Trukikaitis_Postimees, lk 84
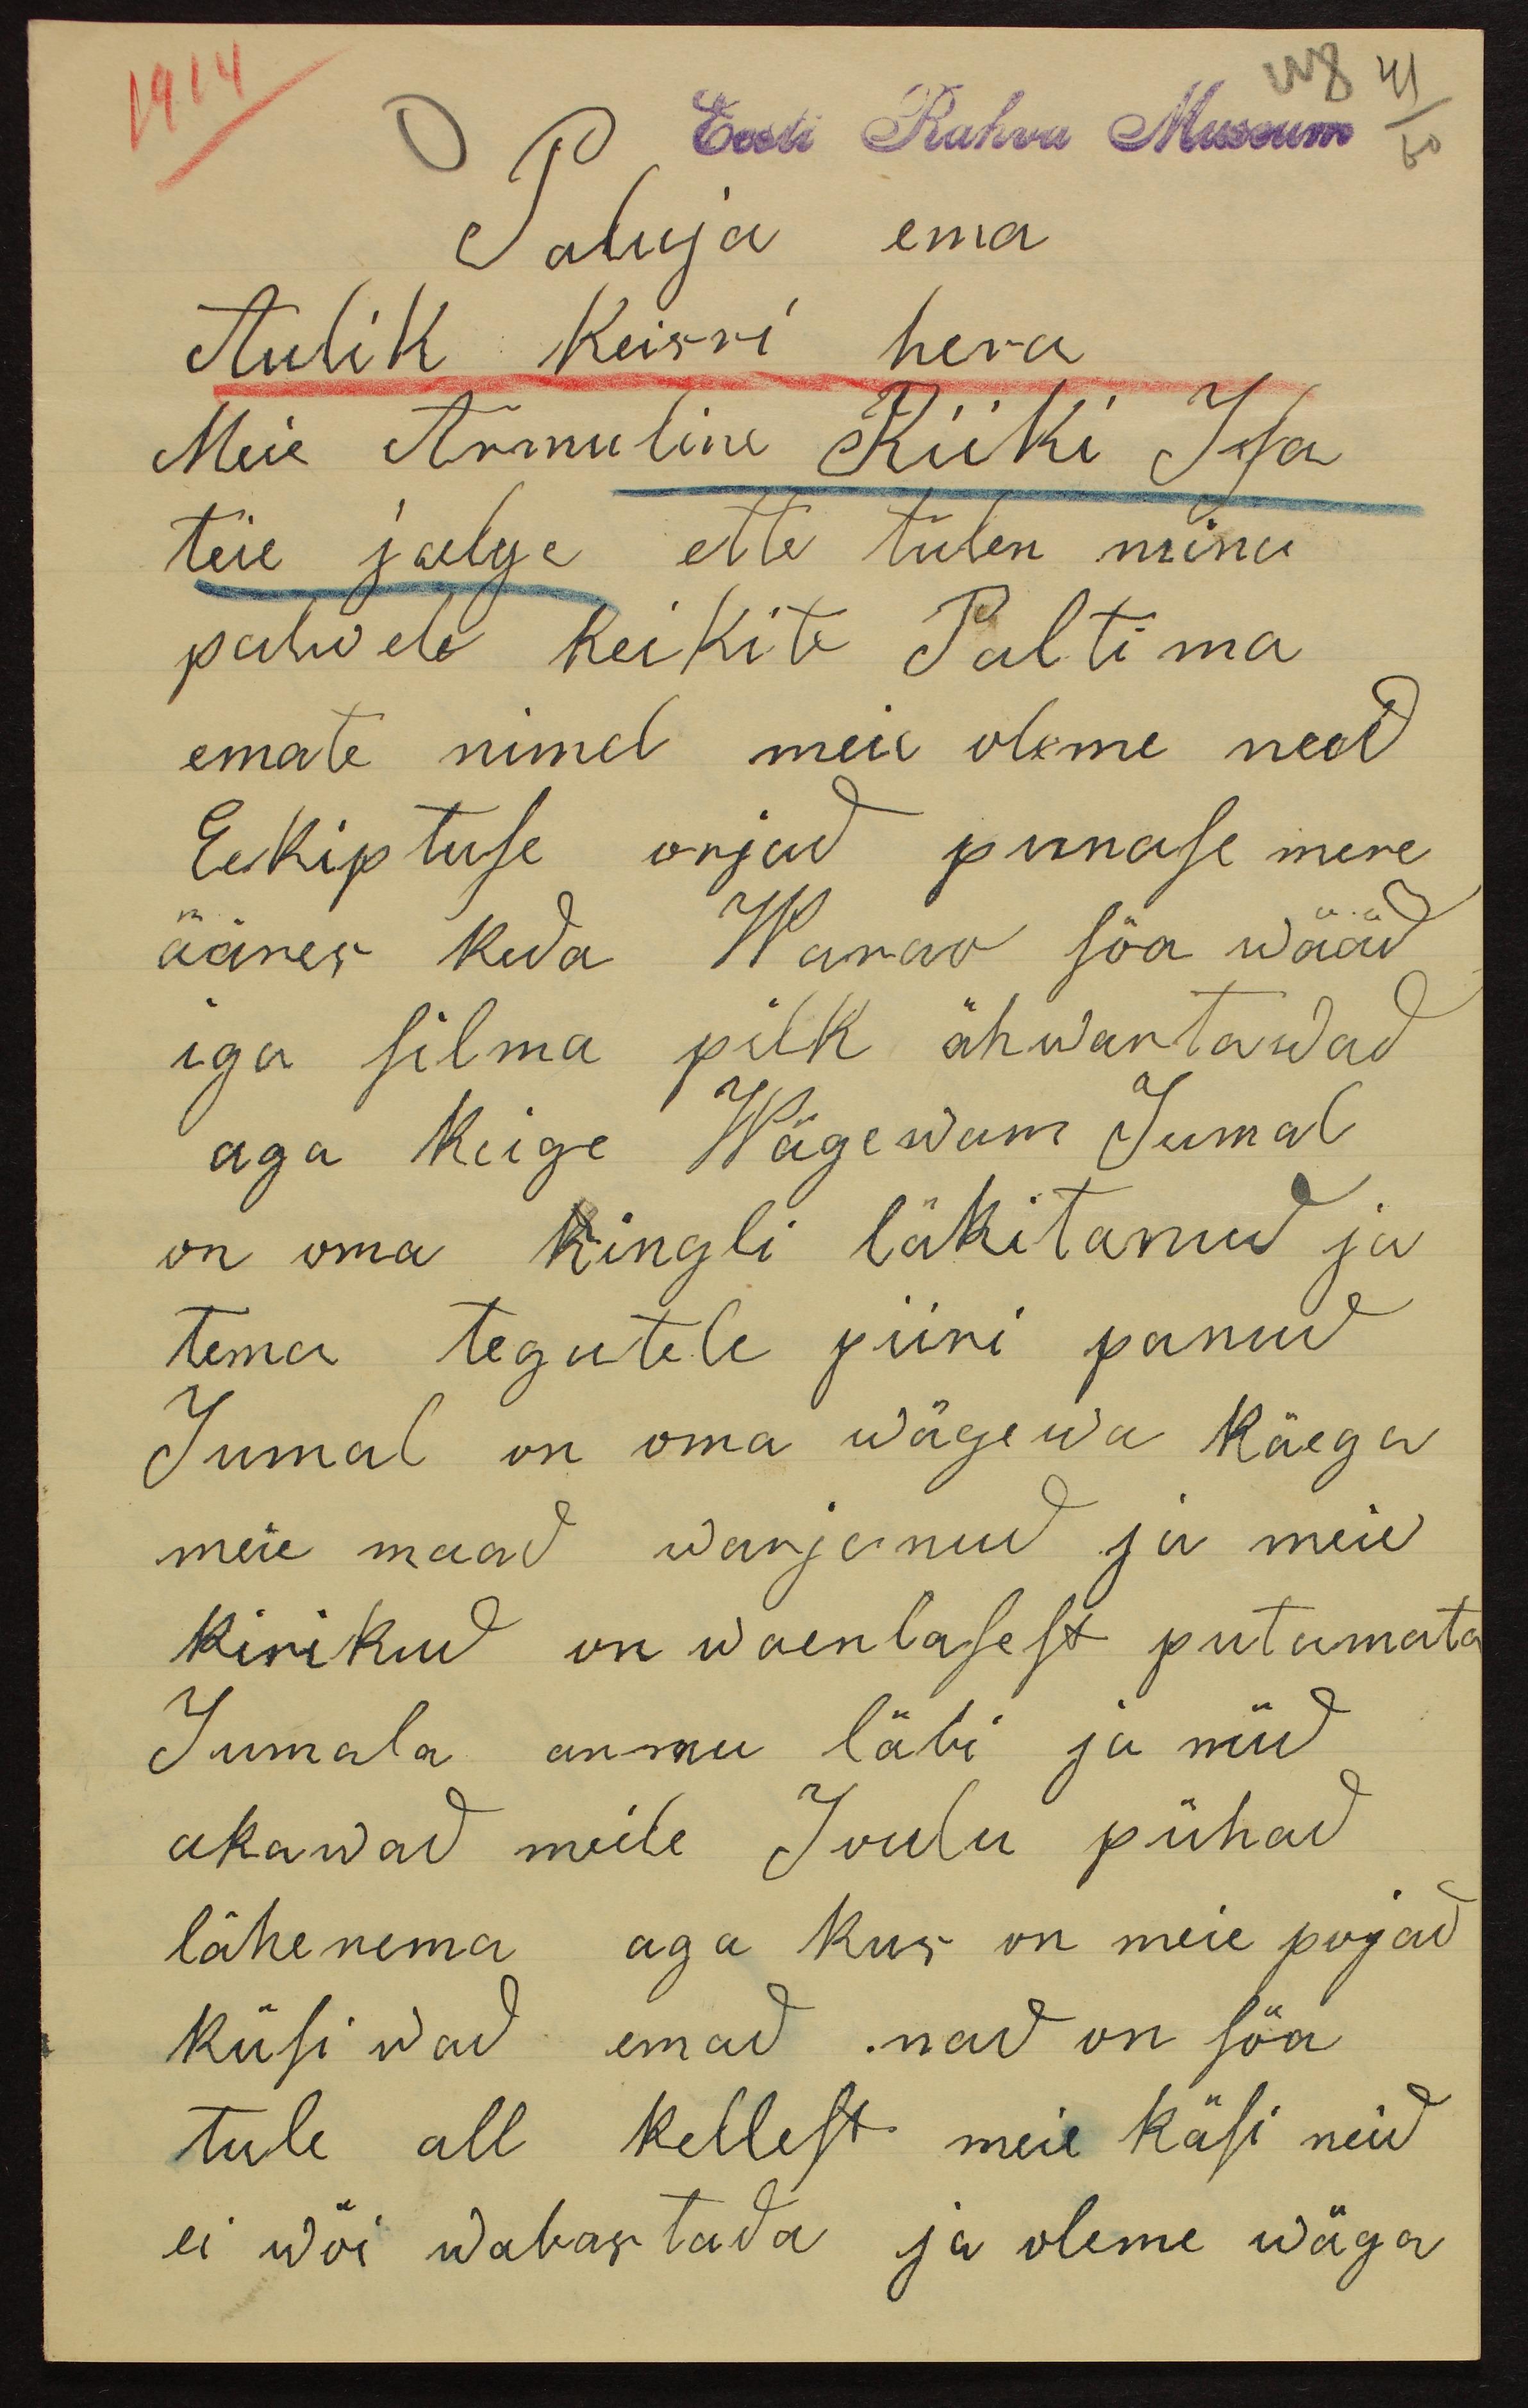
Eesti Rahva Museum
Paluja ema
Aulik Keisri hera
Meie Armuline Riiki Isa
teie jalge ette tulen mina
palwele keikite Paltima
emate nimel meie oleme need
Eekiptuse orjad punase mere
ääres keda Warao söa wääd
iga silma pilk ähwartawad
aga keige Wägewam Jumal
on oma kingli läkitanud ja
tema tegutele piiri panud
Jumal on oma wägewa käega
meie maad warjanud ja meie
kirikud on waenlasest putumata
Jumala armu läbi ja nüd
akawad meile Joulu pühad
lähenema aga kus on meie pojad
küsiwad emad nad on söa
tule all kellest meie käsi neid
ei wõi wabastada ja oleme wäga